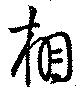
相